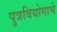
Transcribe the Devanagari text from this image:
पुत्रवियोगाचे